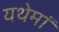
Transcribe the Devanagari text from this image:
यथेमां